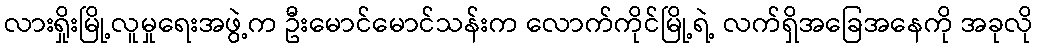
လားရှိုးမြို့လူမှုရေးအဖွဲ့က ဦးမောင်မောင်သန်းက လောက်ကိုင်မြို့ရဲ့ လက်ရှိအခြေအနေကို အခုလို